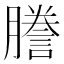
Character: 謄